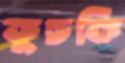
কুচকি